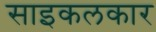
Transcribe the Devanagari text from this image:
साइकलकार